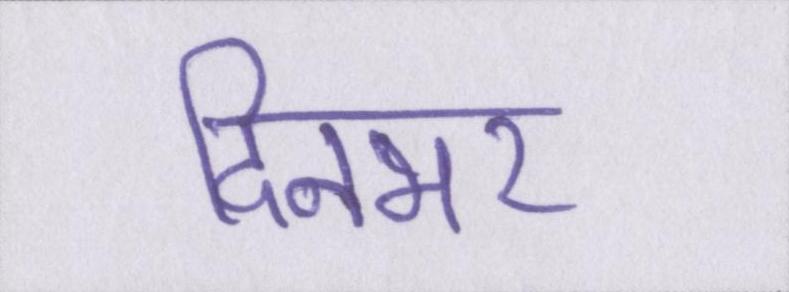
दिनभर